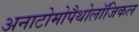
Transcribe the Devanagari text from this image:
अनाटोमोपैथोलॉजिकल